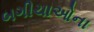
બગીચાઓના